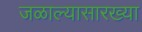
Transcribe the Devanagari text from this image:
जळाल्यासारख्या